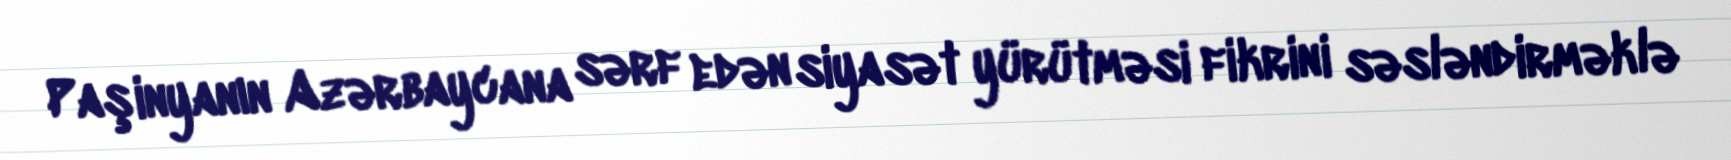
Paşinyanın Azərbaycana sərf edən siyasət yürütməsi fikrini səsləndirməklə